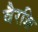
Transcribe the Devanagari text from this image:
वैरञ्चि